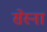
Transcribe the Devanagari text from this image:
सेस्ना